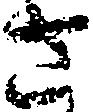
さ